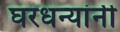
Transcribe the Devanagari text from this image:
घरधन्यांनी